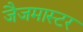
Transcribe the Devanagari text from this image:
जैजमास्टर